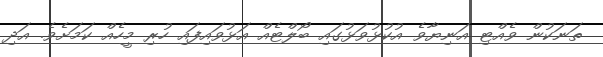
ތަނަކުން ވެއްޓި އަނިޔާވެ އުކުޅުވަޅުގައި ބޯލްޓެއް އަޅުވައިފައި ހުރި މީހެއް ކަމަށެވެ. އަދި